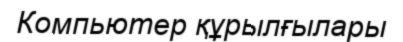
Компьютер құрылғылары